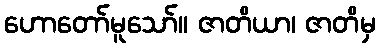
ဟောတော်မူသော်။ ဇာတိယာ၊ ဇာတိမှ